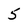
Character: 5